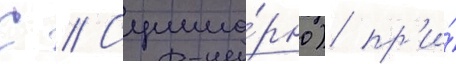
С // Сумма́рно) пр'и́